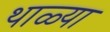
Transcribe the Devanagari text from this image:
थाळ्या